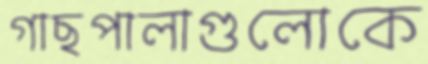
গাছপালাগুলোকে